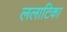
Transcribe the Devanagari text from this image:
ललाटिका